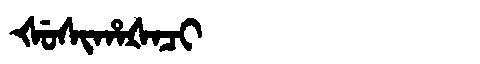
Manchu: ᡧᡠᠰᡳᡥᠠᡧᠠᠴᡳ
Romanization: ŠUSIHAŠACI